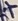
Text: +